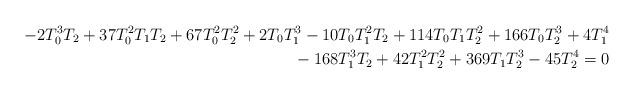
LaTeX: \begin{align*}-2T_0^3T_2 + 37T_0^2T_1T_2 + 67T_0^2T_2^2 + 2T_0T_1^3 - 10T_0T_1^2T_2 + 114T_0T_1T_2^2 + 166T_0T_2^3 + 4T_1^4 \\{} - 168T_1^3T_2 + 42T_1^2T_2^2 + 369T_1T_2^3 - 45T_2^4 = 0\end{align*}